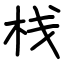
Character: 栈